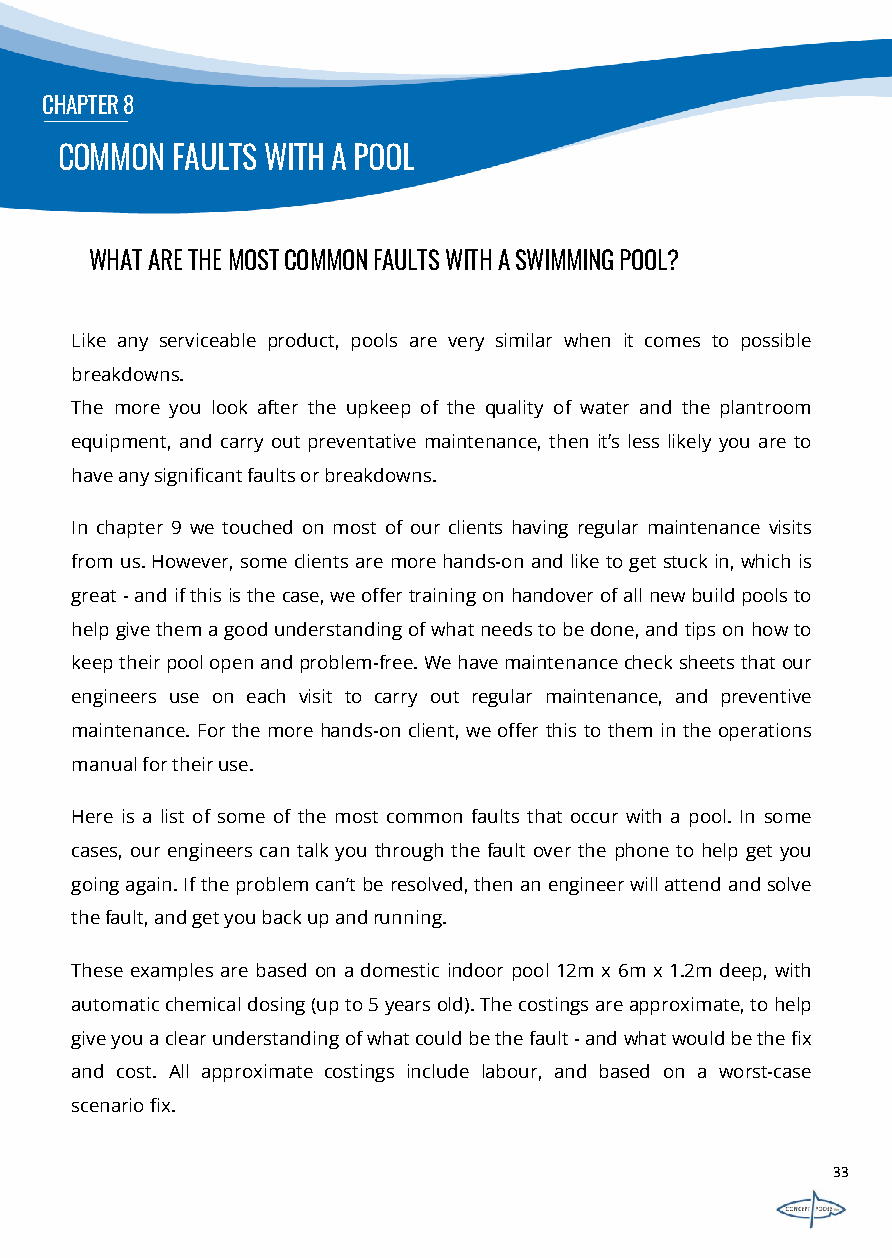
CHAPTER8
 COMMON FAULTS WITH A POOL
 WHATARETHEMOSTCOMMONFAULTSWITHASWIMMINGPOOL?
 Like any serviceable product, pools are very similar when it comes to possible
 breakdowns.
 The more you look after the upkeep of the quality of water and the plantroom
 equipment, and carry out preventative maintenance, then it’s less likely you are to
 haveanysignificantfaultsorbreakdowns.
 In chapter 9 we touched on most of our clients having regular maintenance visits
 from us.However, someclientsaremorehands-on and liketoget stuckin, which is
 great-andifthisisthecase,weoffertrainingonhandoverofallnewbuildpoolsto
 helpgivethemagoodunderstandingofwhatneedstobedone,andtipsonhowto
 keeptheirpoolopenandproblem-free.Wehavemaintenancechecksheetsthatour
 engineers use on each visit to carry out regular maintenance, and preventive
 maintenance. Forthemorehands-on client, weoffer thistothem in the operations
 manualfortheiruse.
 Here is a list of some of the most common faults that occur with a pool. In some
 cases, our engineers can talk you through the fault over the phone to help get you
 goingagain.Iftheproblemcan’tberesolved,thenanengineerwillattendandsolve
 thefault,andgetyoubackupandrunning.
 These examples arebased on adomestic indoor pool 12m x 6m x 1.2m deep, with
 automaticchemicaldosing(upto5yearsold).Thecostingsareapproximate,tohelp
 giveyouaclearunderstandingofwhatcouldbethefault-andwhatwouldbethefix
 and cost. All approximate costings include labour, and based on a worst-case
 scenariofix.
 33